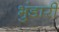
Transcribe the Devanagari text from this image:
भुंडारी